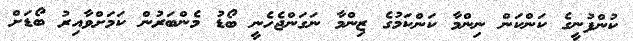
ކުންފުނީގެ ކަންކަން ނިންމާ ކަންކަމުގެ ޒިންމާ ނަގަންޖެހެނީ ބޯޑު މެންބަރުން ކަމަށްވާއިރު ބޯޑަށް